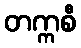
တက္ကစီ